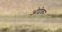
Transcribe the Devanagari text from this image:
ओढ़ेकर